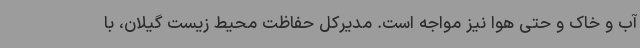
آب و خاک و حتی هوا نیز مواجه است. مدیرکل حفاظت محیط زیست گیلان، با